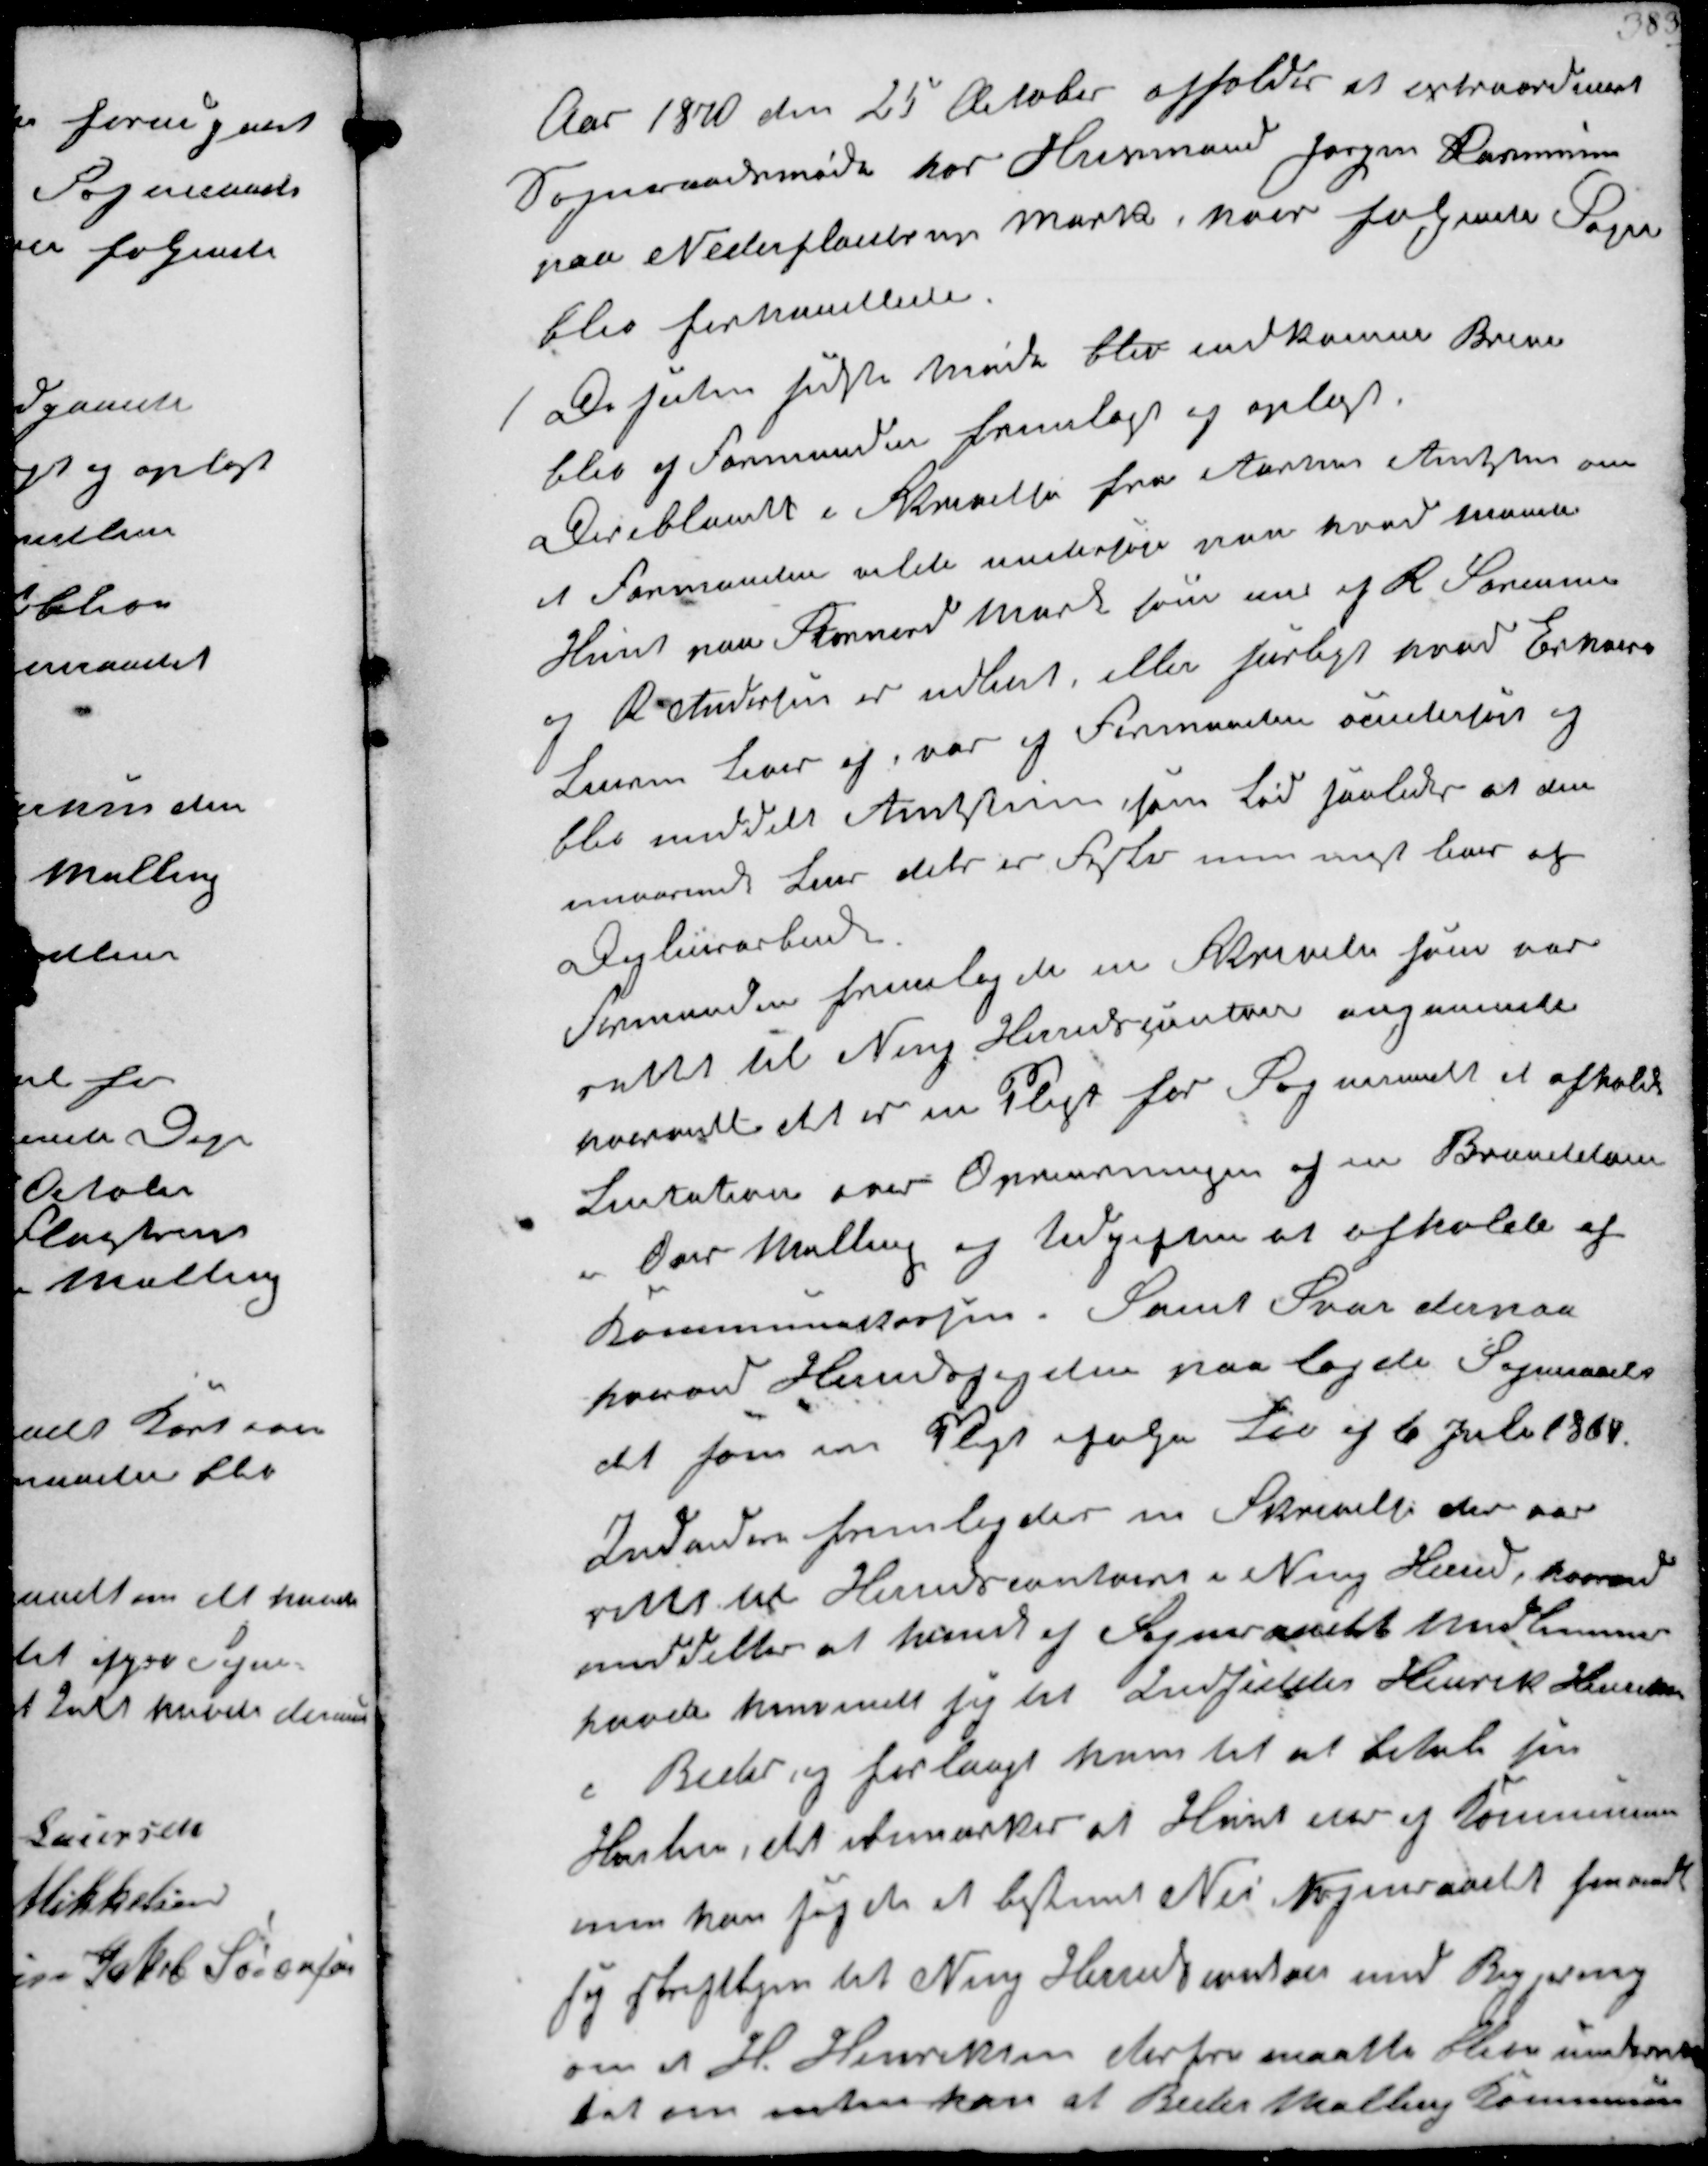
Transskription:
Aar 1870 den 25 October afholdes et extraordinær
Sogneraadsmøde hos Husmand Jørgen Rasmussen
paa Nederfløjstrup Mark, hvor følgende Sager
blev forhandlede 
1 De siden sidste Møde blev indkomne Breve
blev af Formanden fremlagt og oplæst
deriblandt i Skrivelse fra Aarhus Amtstue om
at Formanden vilde undersøge paa hvad maade
Huset paa Stornord Mark som nu af R Sørennsen
og R. Andersen er udlejet, eller særligt hvad Erhard
Laursen lever af, var af Formanden undersøgt og
blev meddelt Amtstuen, som lød saaledes at den
nuværende Lejer dels er fæster men mest lever af
Daglejerarbeide
Formanden fremlagde en Skrivelse som var
rettet til Ning Herredskontor angaaende
hvorvidt det er en Pligt for Sogneraadet at afholde
Licitation over Oprensningen af en Branddam
i Over Malling og Udgiften at afholdes af
Kommunekassen, samt Svar derpaa
hvorved Herredsfogeden paalagde Sogneraadet
det som en Pligt ifølge Lov af 6 Juli 1864.
Indvidere fremlagdes en Skrivelse der var
rettet til Herredskontoret i Ning Herred hvorved
meddeltes at  af Sogneraadets Medlemmer
havde henvendt sig til Indsidder Henrik Hansen
i Beder og forlangt ham til at betale sin
Hartkorn, det bemærkes at Huset ejes af Kommunen
men han sagde et bestemt Nej Sogneraadet henvendte
sig skriftligen til Ning Herredskontor med Begjæring
om at H. Henriksen derfor maatte blive underret-
tet om enten han at Beder Malling Kommune